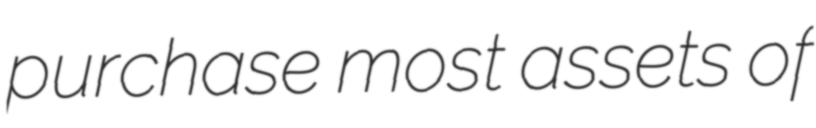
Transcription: purchase most assets of